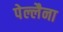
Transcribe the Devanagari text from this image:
पेल्लैना